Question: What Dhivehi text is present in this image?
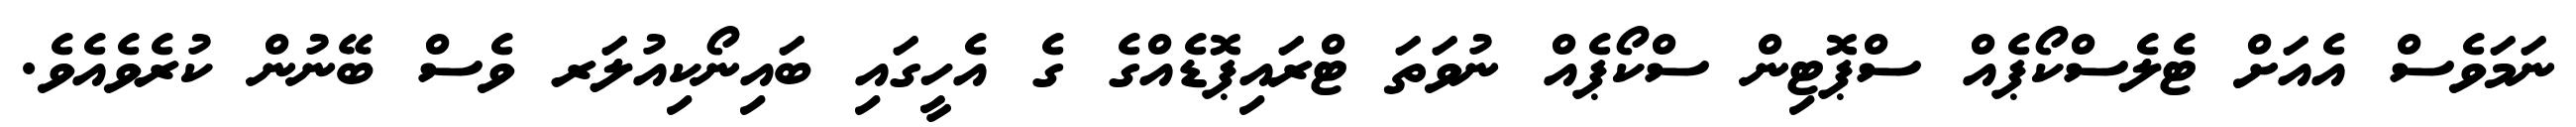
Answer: ނަމަވެސް އެއަށް ޓެލެސްކޯޕެއް ސްޕޮޓިން ސްކޯޕެއް ނުވަތަ ޓްރައިޕޮޑެއްގެ ގެ އެހީގައި ބައިނޯކިއުލަރ ވެސް ބޭނުން ކުރެވެއެވެ.